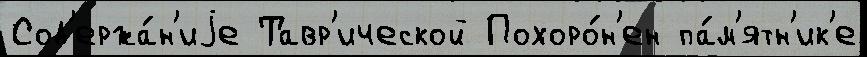
Сод'ержа́н'иjе Тавр'ической Похоро́н'ен па́м'ятн'ик'е